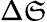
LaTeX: \Delta\mathfrak{S}